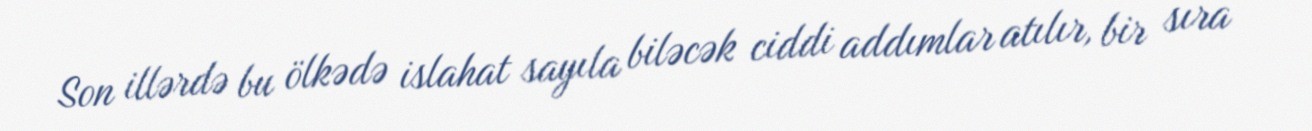
Son illərdə bu ölkədə islahat sayıla biləcək ciddi addımlar atılır, bir sıra